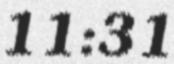
11:31